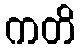
ကတိ